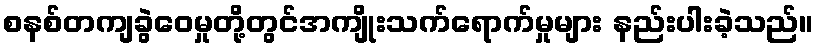
စနစ်တကျခွဲဝေမှုတို့တွင်အကျိုးသက်ရောက်မှုများ နည်းပါးခဲ့သည်။